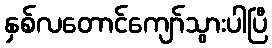
နှစ်လတောင်ကျော်သွားပါပြီ